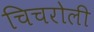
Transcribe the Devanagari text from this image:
चिचरोली